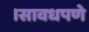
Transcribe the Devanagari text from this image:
।सावधपणे